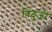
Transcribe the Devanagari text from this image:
बिंदुजी